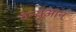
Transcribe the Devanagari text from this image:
वेन्युआन